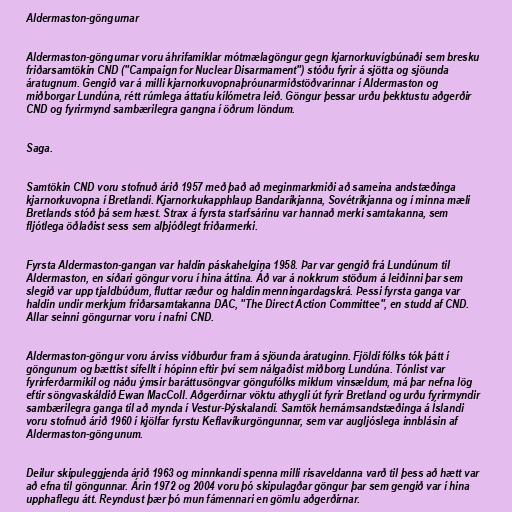
Aldermaston-göngurnar

Aldermaston-göngurnar voru áhrifamiklar mótmælagöngur gegn kjarnorkuvígbúnaði sem bresku
friðarsamtökin CND ("Campaign for Nuclear Disarmament") stóðu fyrir á sjötta og sjöunda
áratugnum. Gengið var á milli kjarnorkuvopnaþróunarmiðstöðvarinnar í Aldermaston og
miðborgar Lundúna, rétt rúmlega áttatíu kílómetra leið. Göngur þessar urðu þekktustu aðgerðir
CND og fyrirmynd sambærilegra gangna í öðrum löndum.

Saga.

Samtökin CND voru stofnuð árið 1957 með það að meginmarkmiði að sameina andstæðinga
kjarnorkuvopna í Bretlandi. Kjarnorkukapphlaup Bandaríkjanna, Sovétríkjanna og í minna mæli
Bretlands stóð þá sem hæst. Strax á fyrsta starfsárinu var hannað merki samtakanna, sem
fljótlega öðlaðist sess sem alþjóðlegt friðarmerki.

Fyrsta Aldermaston-gangan var haldin páskahelgina 1958. Þar var gengið frá Lundúnum til
Aldermaston, en síðari göngur voru í hina áttina. Áð var á nokkrum stöðum á leiðinni þar sem
slegið var upp tjaldbúðum, fluttar ræður og haldin menningardagskrá. Þessi fyrsta ganga var
haldin undir merkjum friðarsamtakanna DAC, "The Direct Action Committee", en studd af CND.
Allar seinni göngurnar voru í nafni CND.

Aldermaston-göngur voru árviss viðburður fram á sjöunda áratuginn. Fjöldi fólks tók þátt í
göngunum og bættist sífellt í hópinn eftir því sem nálgaðist miðborg Lundúna. Tónlist var
fyrirferðarmikil og náðu ýmsir baráttusöngvar göngufólks miklum vinsældum, má þar nefna lög
eftir söngvaskáldið Ewan MacColl. Aðgerðirnar vöktu athygli út fyrir Bretland og urðu fyrirmyndir
sambærilegra ganga til að mynda í Vestur-Þýskalandi. Samtök hernámsandstæðinga á Íslandi
voru stofnuð árið 1960 í kjölfar fyrstu Keflavíkurgöngunnar, sem var augljóslega innblásin af
Aldermaston-göngunum.

Deilur skipuleggjenda árið 1963 og minnkandi spenna milli risaveldanna varð til þess að hætt var
að efna til göngunnar. Árin 1972 og 2004 voru þó skipulagðar göngur þar sem gengið var í hina
upphaflegu átt. Reyndust þær þó mun fámennari en gömlu aðgerðirnar.